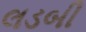
લડબી